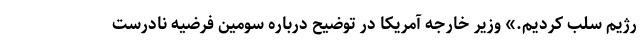
رژیم سلب کردیم.» وزیر خارجه آمریکا در توضیح درباره سومین فرضیه نادرست